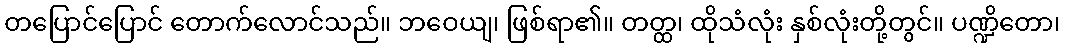
တပြောင်ပြောင် တောက်လောင်သည်။ ဘဝေယျ၊ ဖြစ်ရာ၏။ တတ္ထ၊ ထိုသံလုံး နှစ်လုံးတို့တွင်။ ပဏ္ဍိတော၊